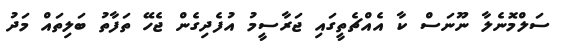
ސަލްމޮނެލާ ނޫނަސް ކާ އެއްޗެތީގައި ޖަރާސީމު އުފެދިގެން ޖެހޭ ތަފާތު ބަލިތައް މަދު